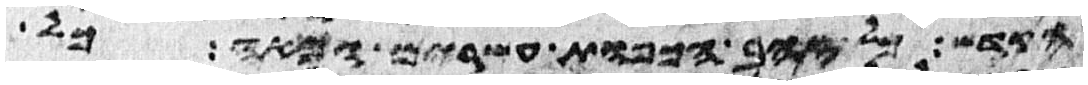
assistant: הקדש כל זהב הכפות עשרים ומאה כל